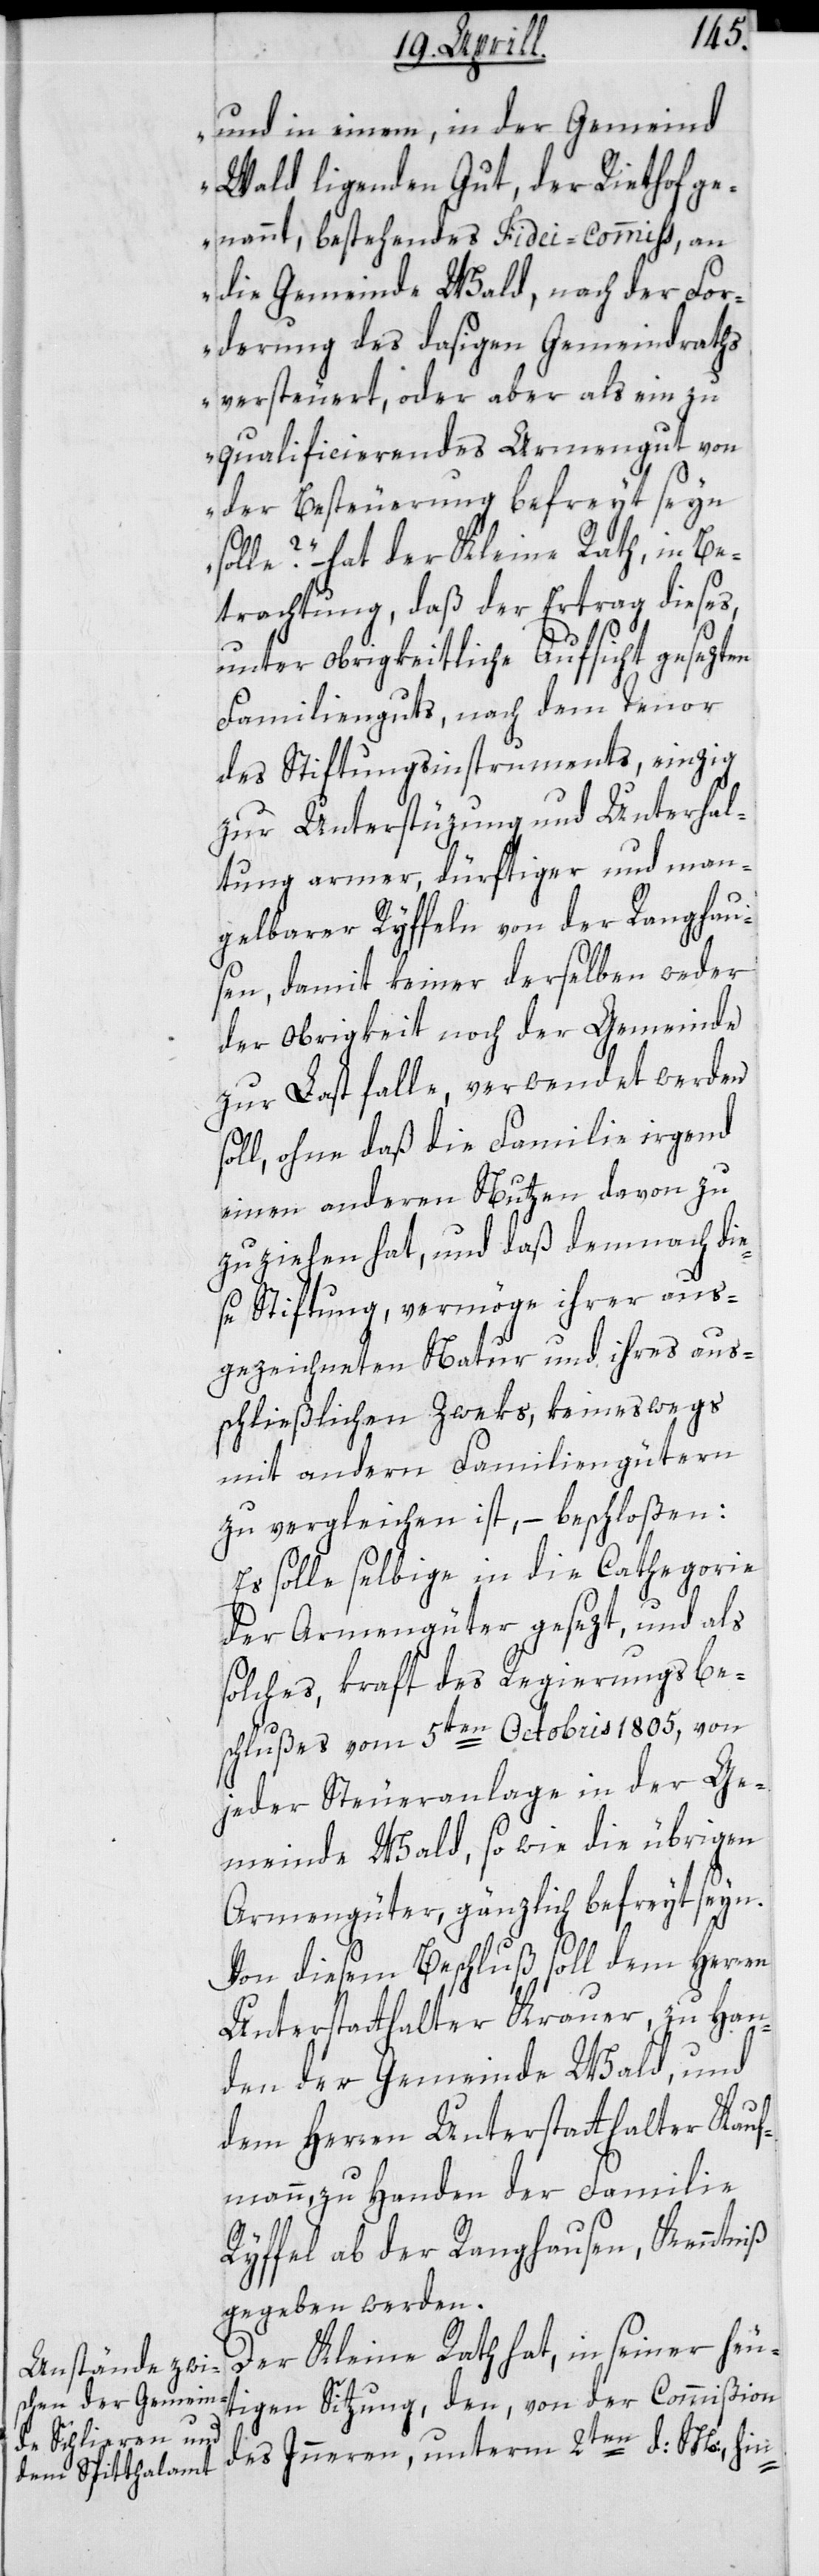
und in einem, in der Gemeind
Wald liegenden Gut, der Riethof ge¬
nannt, bestehendes Fidei-Commis, an
die Gemeinde Wald, nach der For¬
derung des dasigen Gemeindraths
versteuert, oder aber als ein zu
qualificierendes Armengut von
der Besteuerung befreit sein
solle?“ – hat der Kleine Rath, in Be¬
trachtung, daß der Ertrag dieses,
unter obrigkeitliche Aufsicht gesezten
Familienguts, nach dem Tenor
des Stiftungsinstruments, einzig
zur Unterstüzung und Unterhal¬
tung armer, dürftiger und man¬
gelbarer Ryffeln von der Ranghau¬
sen, damit keiner derselben weder
der Obrigkeit noch der Gemeinde
zur Last falle, verwendet werden
soll, ohne daß die Familie irgend
einen andern Nutzen davon zu
zuziehen hat, und daß demnach die¬
se Stiftung, vermöge ihrer aus¬
gezeichneten Natur und ihres aus¬
chließlichen Zweks, keineswegs
mit andern Familiengütern
zu vergleichen ist, beschloßen:
Es solle selbige in die Cathegorie
der Armengüter gesezt, und als
solches, kraft des Regierungsbe¬
schlußes vom 5ten Octobris 1805, von
jeder Steueranlage in der Ge¬
meinde Wald, sowie die übrigen
Armengüter, gänzlich befreyt seyn.
Von diesem Beschluß soll dem Herren
Unterstatthalter Krauer zu Han¬
den der Gemeinde Wald, und
dem Herren Unterstatthalter Kauf¬
mann zu Handen der Familie
Ryffel ab der Ranghausen, Kenntniß
gegeben werden.
Der Kleine Rath hat, in seiner heu¬
tigen Sitzung, den, von der Commißion
des Innern, unterm 2ten d. M., hin-